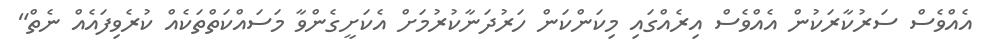
އެއްވެސް ސަރުކާރަކުން އެއްވެސް އިރެއްގައި މިކަންކަން ހަރުދަނާކުރުމަށް އެކަށީގެންވާ މަސައްކަތްތަކެއް ކުރެވިފައެއް ނެތް"